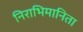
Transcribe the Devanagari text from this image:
निराभिमानिता